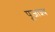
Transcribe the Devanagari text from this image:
पूजाश्‍च